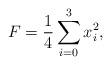
LaTeX: \begin{align*} F = \frac{1}{4} \sum_{i = 0}^{3} x_i^2,\end{align*}